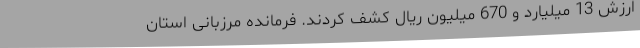
ارزش 13 میلیارد و 670 میلیون ریال کشف کردند. فرمانده مرزبانی استان